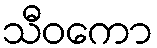
သီဝကော